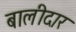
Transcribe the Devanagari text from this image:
बालीदार